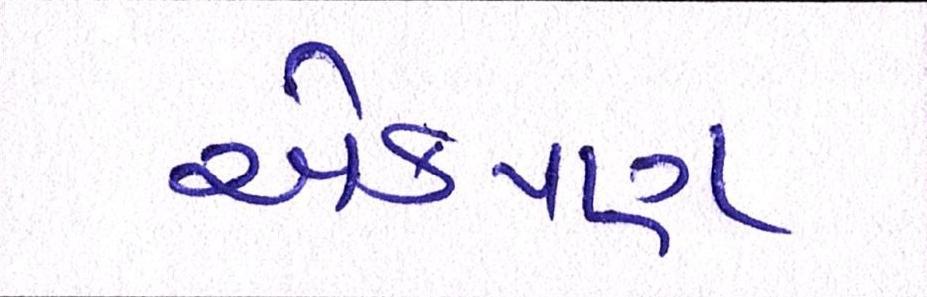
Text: એકપણ